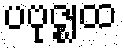
ပဗုဇ္ဈထ